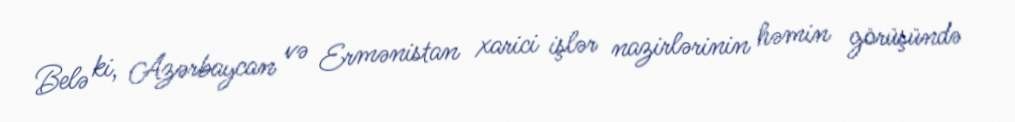
Belə ki, Azərbaycan və Ermənistan xarici işlər nazirlərinin həmin görüşündə